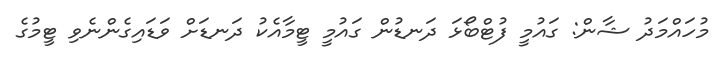
މުހައްމަދު ޝާން: ގައުމީ ފުޓްބޯޅަ ދަނޑުން ގައުމީ ޓީމާއެކު ދަނޑަށް ވަޑައިގެންނެވި ޓީމުގެ